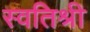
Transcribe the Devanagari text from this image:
स्वतिश्री